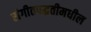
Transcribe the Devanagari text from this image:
संगीतपद्धतीमधील